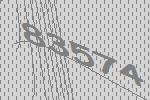
83574